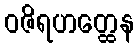
ဝဇိရဟတ္ထေန